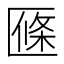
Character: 𠥑